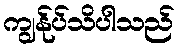
ကျွန်ုပ်သိပါသည်